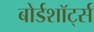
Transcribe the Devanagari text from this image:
बोर्डशॉर्ट्स